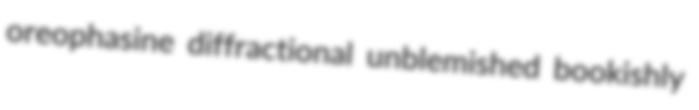
oreophasine diffractional unblemished bookishly